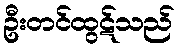
ဦးတင်ထွဋ်သည်